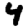
Digit: 4